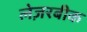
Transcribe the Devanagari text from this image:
लेज़रबीक